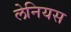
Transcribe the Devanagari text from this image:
लेनियस